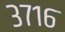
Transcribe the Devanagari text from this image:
३७१६